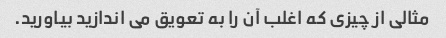
مثالی از چیزی که اغلب آن را به تعویق می اندازید بیاورید.